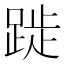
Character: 𨁾